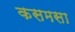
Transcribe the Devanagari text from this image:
कसमसा